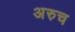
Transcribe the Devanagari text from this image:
अरुच